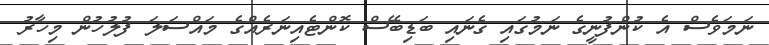
ނަމަވެސް އެ ކުންފުނީގެ ނަމުގައި ގެނައި ބަޑިބޭސް ކޮންޓެއިނަރެއްގެ މައްސަލަ ފުލުހުން މިހާރު